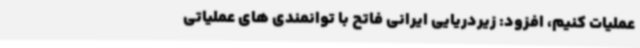
عملیات کنیم، افزود: زیردریایی ایرانی فاتح با توانمندی های عملیاتی